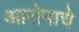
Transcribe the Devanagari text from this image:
आरोपाचे